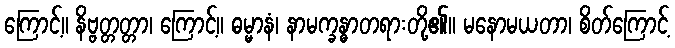
ကြောင့်။ နိဗ္ဗတ္တတ္တာ၊ ကြောင့်။ ဓမ္မာနံ၊ နာမက္ခန္ဓာတရားတို့၏။ မနောမယတာ၊ စိတ်ကြောင့်